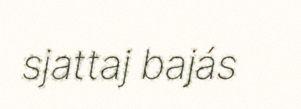
sjattaj bajás